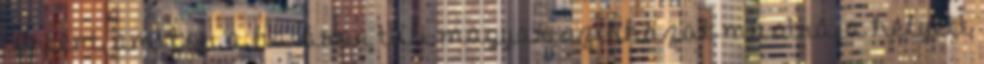
történt, amikor a határon túli magyar színházak mustrája helyett